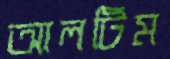
আলটিম